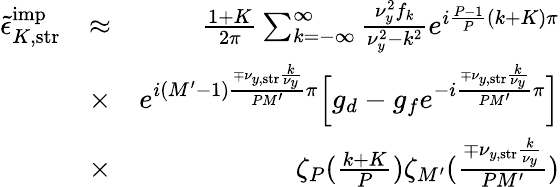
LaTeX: \begin{array}{rlr}{\tilde{\epsilon}_{K,\mathrm{str}}^{\mathrm{imp}}}&{\approx}&{\frac{1+K}{2\pi}\sum_{k=-\infty}^{\infty}\frac{\nu_{y}^{2}f_{k}}{\nu_{y}^{2}-k^{2}}e^{i\frac{P-1}{P}(k+K)\pi}}\\ &{\times}&{e^{i(M^{\prime}-1)\frac{\mp\nu_{y,\mathrm{str}}\frac{k}{\nu_{y}}}{PM^{\prime}}\pi}\Bigl[g_{d}-g_{f}e^{-i\frac{\mp\nu_{y,\mathrm{str}}\frac{k}{\nu_{y}}}{PM^{\prime}}\pi}\Bigr]}\\ &{\times}&{\zeta_{P}(\frac{k+K}{P})\zeta_{M^{\prime}}(\frac{\mp\nu_{y,\mathrm{str}}\frac{k}{\nu_{y}}}{PM^{\prime}})}\end{array}